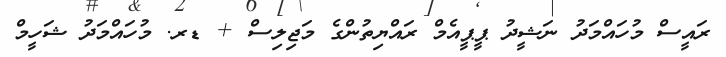
ރައީސް މުހައްމަދު ނަޝީދު ޕީޕީއެމް ރައްޔިތުންގެ މަޖިލިސް + ޑރ. މުހައްމަދު ޝަހީމް